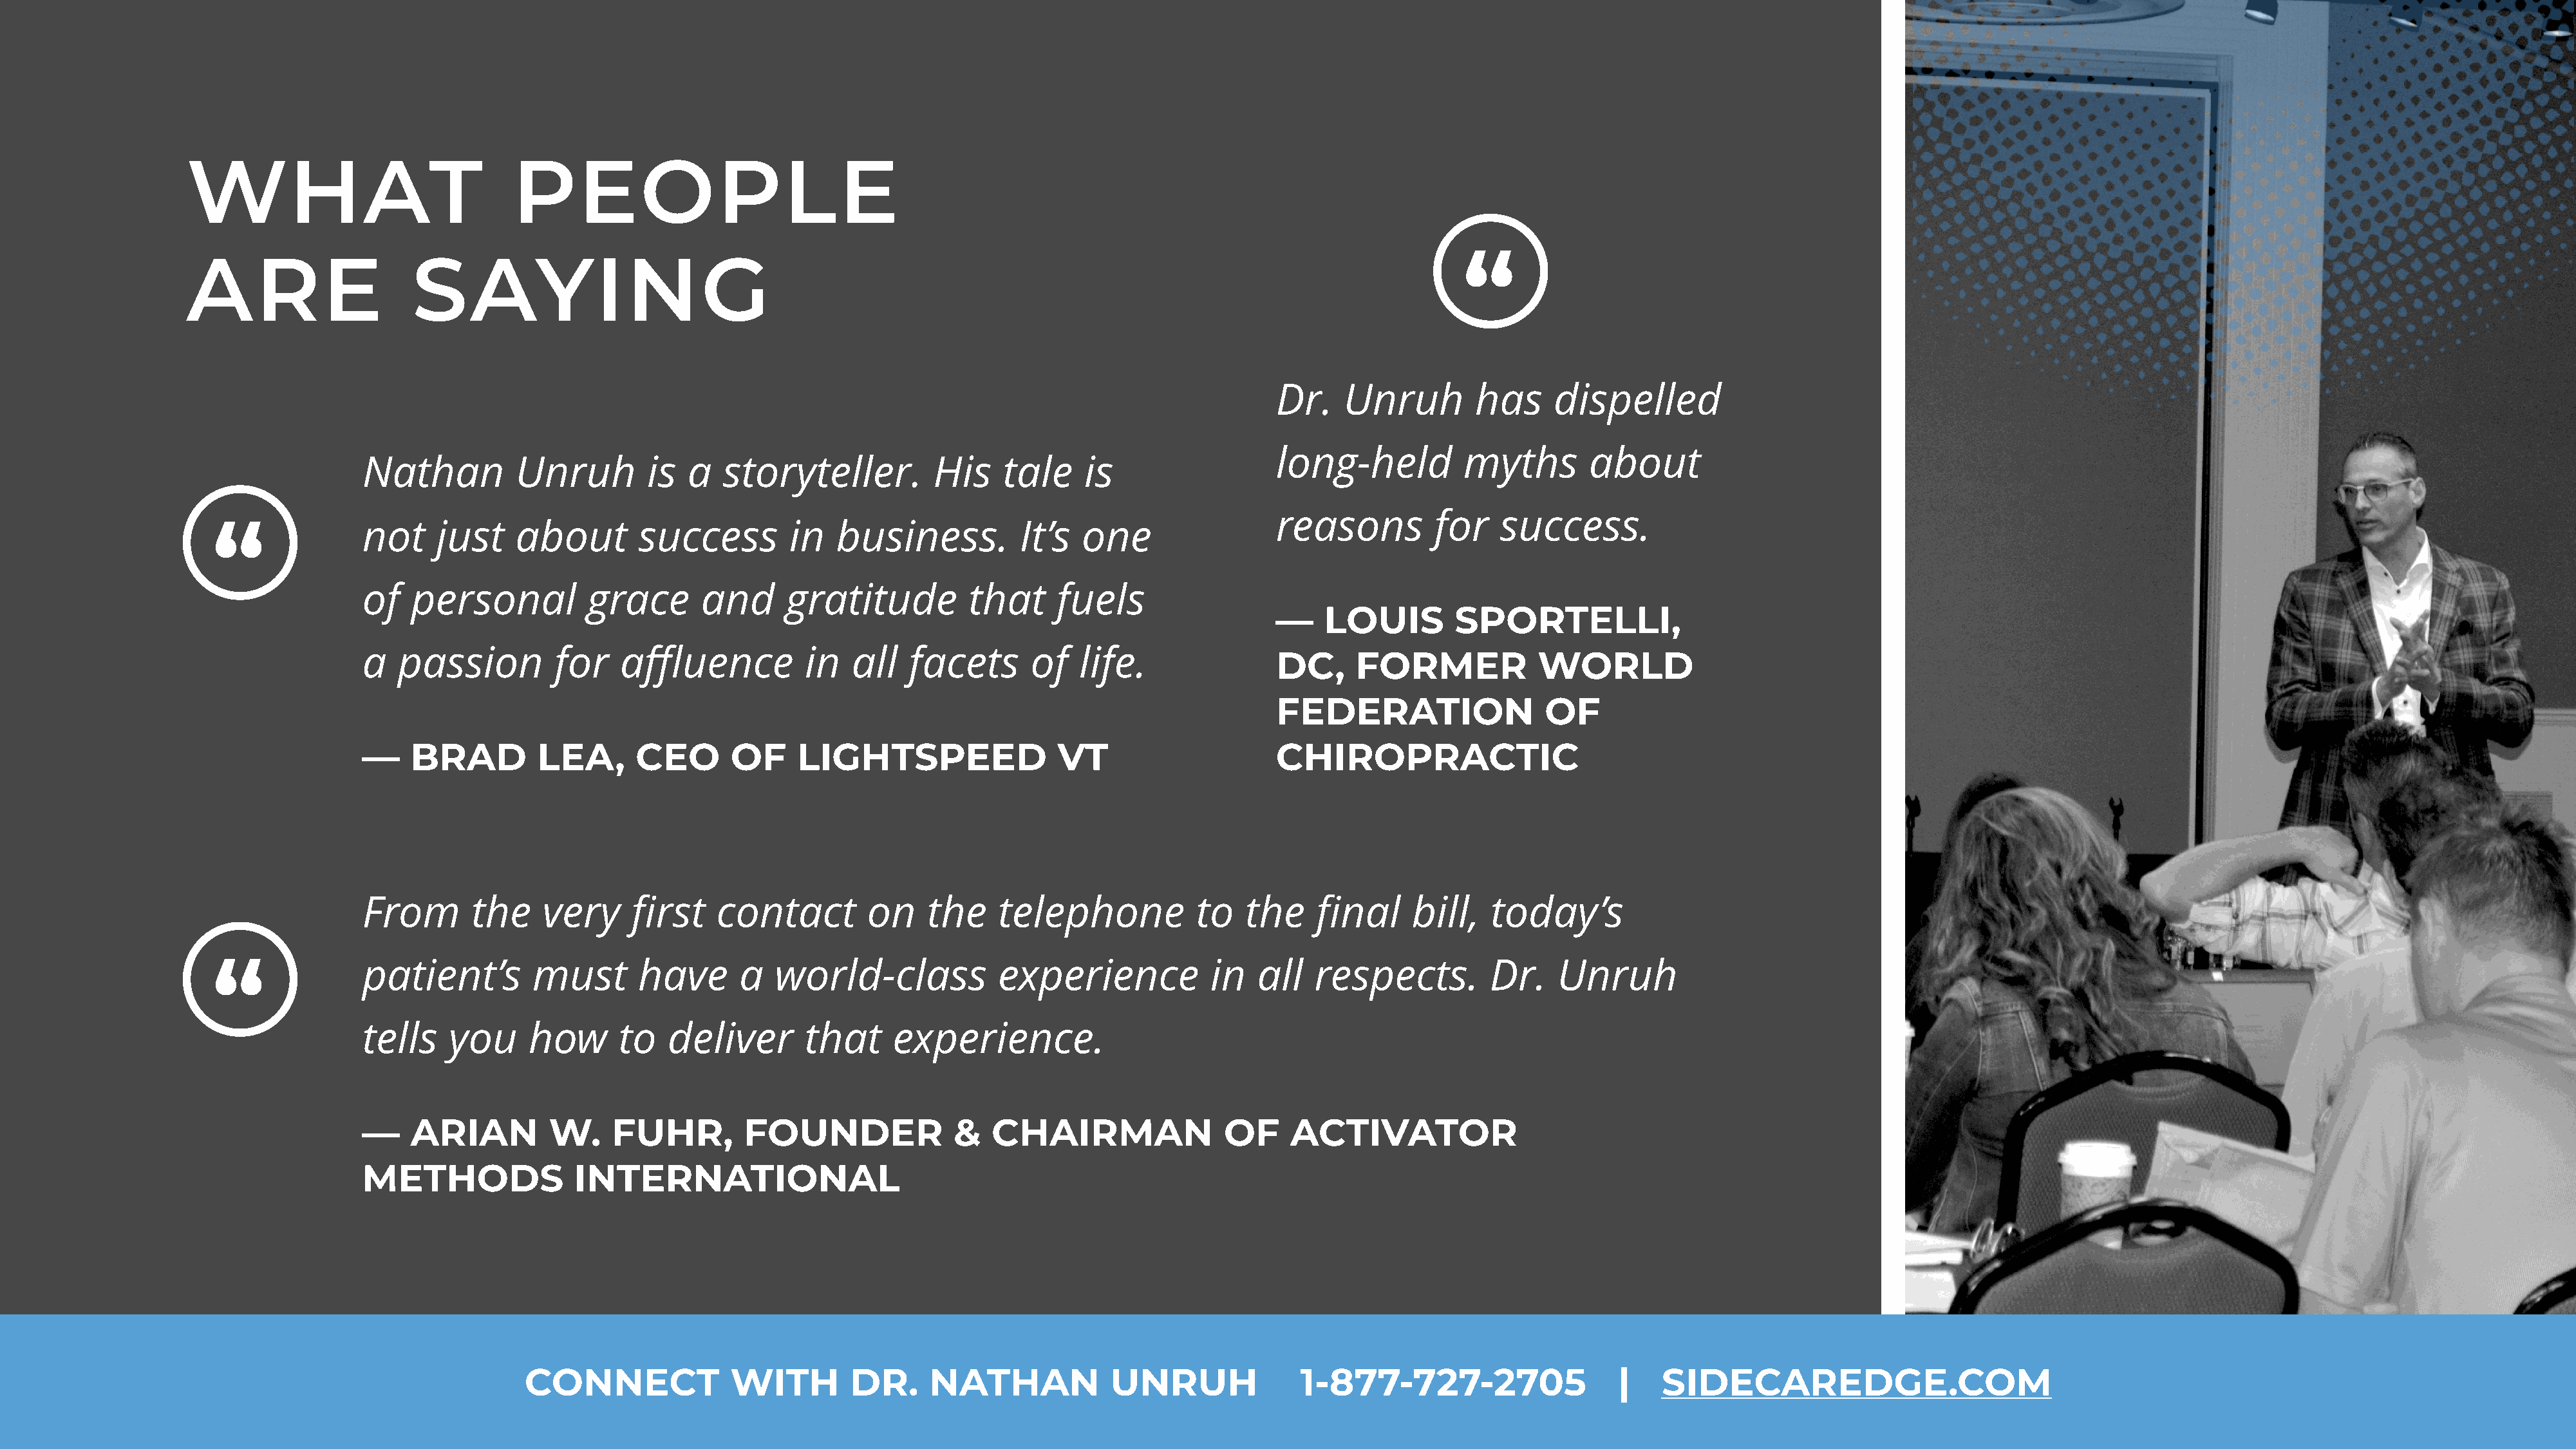
WHAT                              PEOPLE
 “
 ARE                    SAYING
 Dr.    Unruh         has     dispelled
 long-held          myths        about
 Nathan          Unruh         is  a  storyteller.          His    tale    is
 reasons         for    success.
 “              not     just    about        success        in   business.          It’s  one
 of   personal          grace       and      gratitude          that     fuels
 —    LOUIS         SPORTELLI,
 a   passion         for    affluence          in   all  facets       of   life.               DC,     FORMER             WORLD
 FEDERATION                  OF
 —    BRAD         LEA,      CEO       OF     LIGHTSPEED                 VT                    CHIROPRACTIC
 From       the     very     first    contact        on    the     telephone           to   the    final     bill,   today’s
 “              patient’s         must       have      a   world-class            experience           in   all   respects.         Dr.    Unruh
 tells    you     how       to   deliver       that     experience.
 —    ARIAN         W.     FUHR,        FOUNDER               &   CHAIRMAN                OF     ACTIVATOR
 METHODS               INTERNATIONAL
 CONNECT              WITH        DR.      NATHAN            UNRUH               1-877-727-2705                  |    SIDECAREDGE.COM